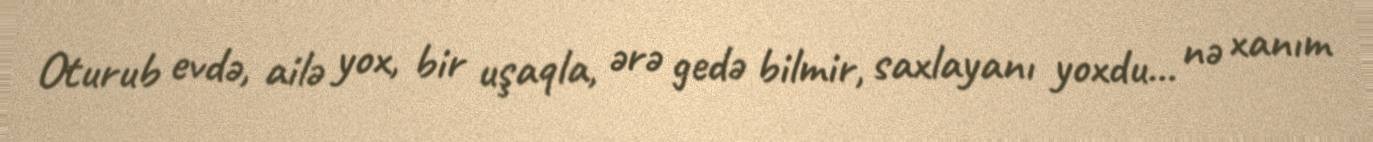
Oturub evdə, ailə yox, bir uşaqla, ərə gedə bilmir, saxlayanı yoxdu... nə xanım